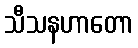
သီသနဟာတော